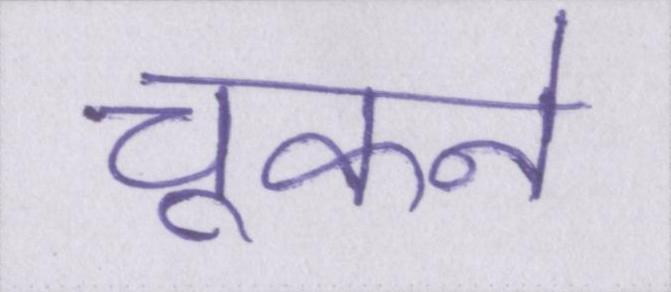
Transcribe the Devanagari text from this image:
चूकने